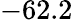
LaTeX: -62.2